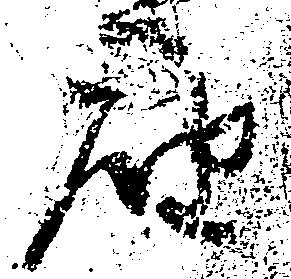
届